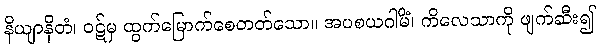
နိယျာနိတံ၊ ဝဋ်မှ ထွက်မြောက်စေတတ်သော။ အပစယဂါမိံ၊ ကိလေသာကို ဖျက်ဆီး၍